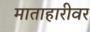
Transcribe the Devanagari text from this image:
माताहारीवर